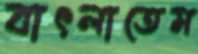
বাৎলাতেম